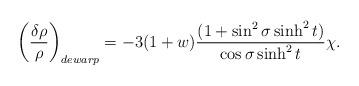
LaTeX: \begin{align*}\left(\frac{\delta \rho }{\rho }\right) _{dewarp}=-3(1+w)\frac{(1+\sin ^2\sigma \sinh ^2t)}{\cos \sigma \sinh ^2t}\chi .\end{align*}